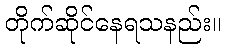
တိုက်ဆိုင်နေရသနည်း။